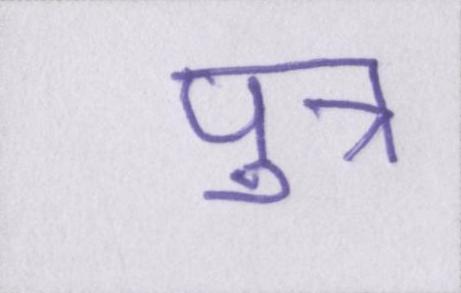
पुत्र